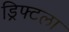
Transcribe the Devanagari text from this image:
ड्रिफ्टला